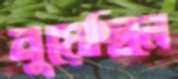
নুয়েছিলে